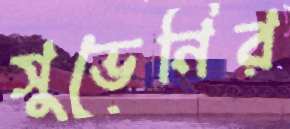
সুভেনির